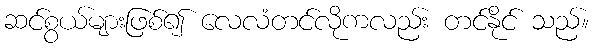
ဆင်စွယ်များဖြစ်၍ လေလံတင်လိုကလည်း တင်နိုင် သည်။